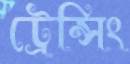
ট্রেন্সিং